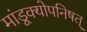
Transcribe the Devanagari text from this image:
मांडूक्योपनिषत्